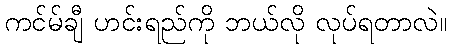
ကင်မ်ချီ ဟင်းရည်ကို ဘယ်လို လုပ်ရတာလဲ။